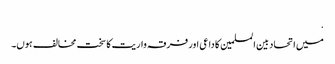
.
میں اتحاد بین المسلمین کا داعی اور فرقہ واریت کا سخت مخالف ہوں۔